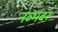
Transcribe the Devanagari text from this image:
नव्मबर